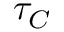
\tau _ { C }